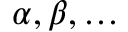
\alpha , \beta , \ldots